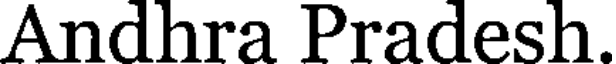
Andhra Pradesh.